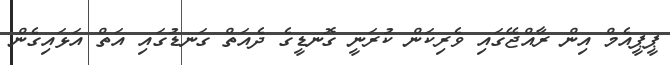
ޕީޕީއެމް އިން ރާއްޖޭގައި ވެރިކަން ކުރަނީ ގޮނޑީގެ ދެއަތް ގަނޑުގައި އަތް އަޅައިގެން